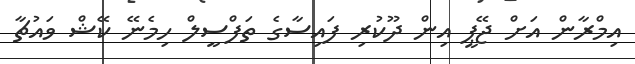
އިމްރާން އަށް ޖޭޕީ އިން ދޫކުރި ފައިސާގެ ތަފްސީލް ހިމެނޭ ކޭޝް ވައުޗާ